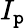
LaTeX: I_{\mathtt{p}}